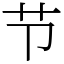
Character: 节